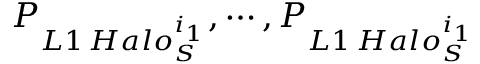
P _ { L 1 \, H a l o _ { S } ^ { i _ { 1 } } } , \cdots , P _ { L 1 \, H a l o _ { S } ^ { i _ { 1 } } }